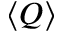
\langle Q \rangle